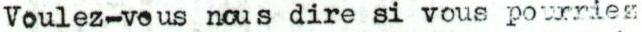
Voulez-vous nous dire si vous pourries